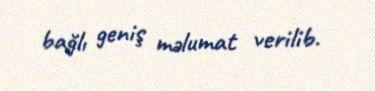
bağlı geniş məlumat verilib.